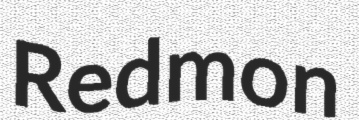
Redmon